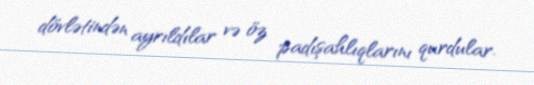
dövlətindən ayrıldılar və öz padışahlıqlarını qurdular.